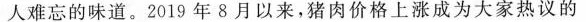
人难忘的味道。2019年8月以来，猪肉价格上涨成为大家热议的